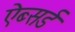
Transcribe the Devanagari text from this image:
ऐब्सर्ड